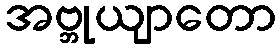
အဗ္ဘုယျာတော